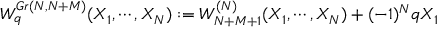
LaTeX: W _ { q } ^ { G r ( N , N + M ) } ( X _ { 1 } , \cdots , X _ { N } ) : = W _ { N + M + 1 } ^ { ( N ) } ( X _ { 1 } , \cdots , X _ { N } ) + ( - 1 ) ^ { N } q X _ { 1 }